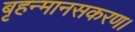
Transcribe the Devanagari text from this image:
बृहन्मानसकरण।